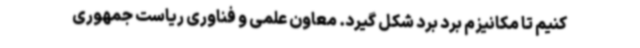
کنیم تا مکانیزم برد برد شکل گیرد. معاون علمی و فناوری ریاست جمهوری